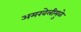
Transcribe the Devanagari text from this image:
अमरवेलीमुळे